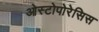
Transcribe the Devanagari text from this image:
ओस्टोपोरेसिस